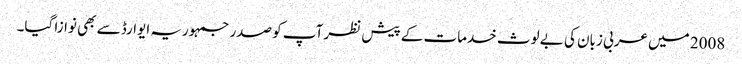
2008 میں عربی زبان کی بے لوث خدمات کے پیش نظر آپ کو صدر جمہوریہ ایوارڈ سے بھی نوازا گیا۔